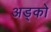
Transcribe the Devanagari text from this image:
अड्को